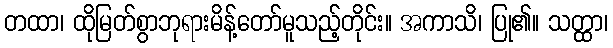
တထာ၊ ထိုမြတ်စွာဘုရားမိန့်တော်မူသည့်တိုင်း။ အကာသိ၊ ပြု၏။ သတ္ထာ၊